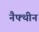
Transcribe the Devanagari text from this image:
नैफ्थीन